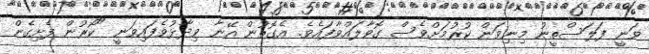
ވަނީ ފަލަސްތީނު މިނިވަން ކުރުމަށްވެސް ގޮވާލައްވާފައެވެ. އެގޮތުން އޭނާ ވިދާޅުވެފައިވަނީ "ކޯރުން ފެށިގެން